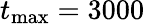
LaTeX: t_{\mathrm{max}}=3000